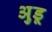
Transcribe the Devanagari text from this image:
अुडू